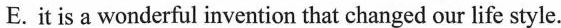
E.it is a wonderful invention that changed our life style.